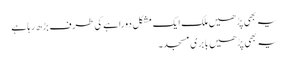
یہ بھی پڑھیں ملک ایک مشکل دوراہے کی طرف بڑھ رہا ہے
یہ بھی پڑھیں بابری مسجد۔